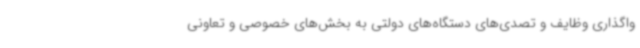
واگذاری وظایف و تصدی‌های دستگاه‌های دولتی به بخش‌های خصوصی و تعاونی